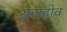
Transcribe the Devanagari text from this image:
सलहोव